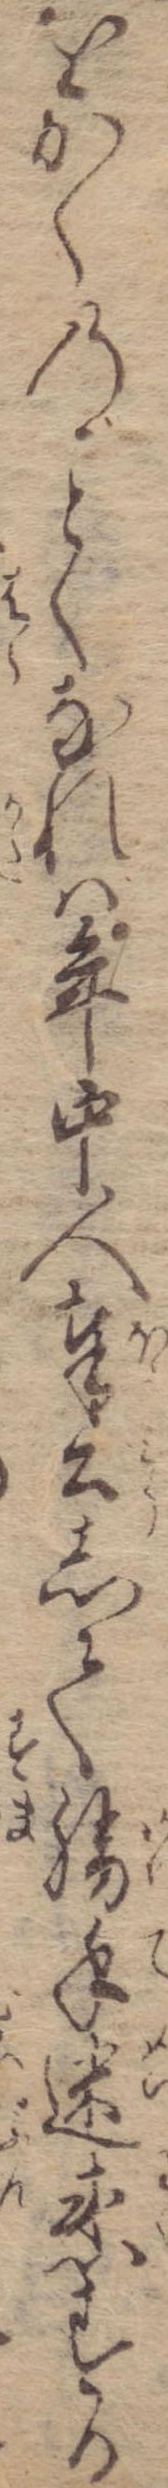
をかくのくなれば年中人奉公して勝手迷惑する